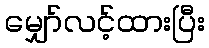
မျှော်လင့်ထားပြီး